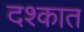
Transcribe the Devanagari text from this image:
दश्कात